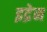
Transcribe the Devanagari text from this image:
इद्रेन